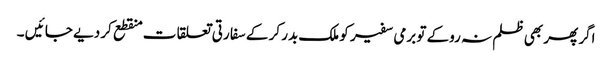
اگر پھر بھی ظلم نہ روکے تو برمی سفیر کو ملک بدر کر کے سفا رتی تعلقا ت منقطع کر دیے جا ئیں ۔